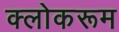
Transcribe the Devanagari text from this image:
क्लोकरूम